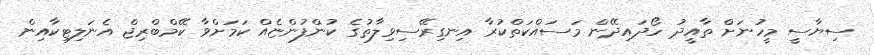
ސިޔާސީ މީހުނަށް ތާއީދު ހޯދައިދޭން މަސައްކަތްކުރާ އިނގިރޭސިވިލާތުގެ ކުންފުންޏެއް ކަމަށްވާ ކޭމްބްރިޖް އެނަލިޓިކާއިން